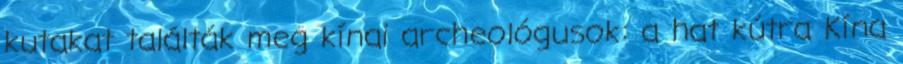
kutakat találták meg kínai archeológusok: a hat kútra Kína